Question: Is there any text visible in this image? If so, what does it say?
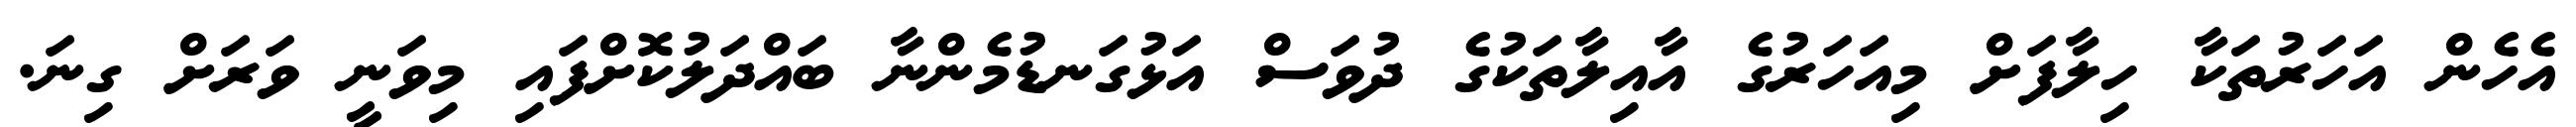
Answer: އެހެން އަހަރުތަކާ ހިލާފަށް މިއަހަރުގެ އާއިލާތަކުގެ ދުވަސް އަޅުގަނޑުމެންނާ ބައްދަލުކޮށްފައި މިވަނީ ވަރަށް ގިނަ.